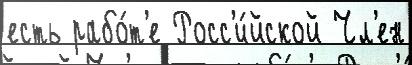
есть рабо́т'е Росс'и́йской Чл'ен